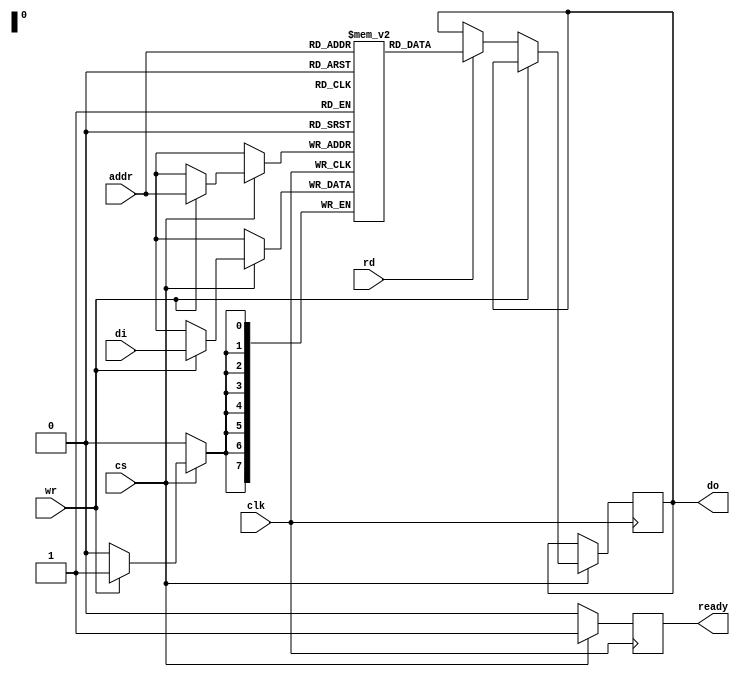
module NVSRAM (
    input wire clk,
    input wire cs,          // Chip Select
    input wire rd,          // Read Enable
    input wire wr,          // Write Enable
    input wire [address_size-1:0] addr, // Address input
    input wire [data_size-1:0] di,       // Data input
    output reg [data_size-1:0] do,       // Data output
    output reg ready       // Ready signal for synchronizing at the end of operation
);

    parameter address_size = 8; // Number of address bits (256 addresses)
    parameter data_size = 8;    // Number of data bits per cell (8 bits)
    
    // Memory array (simulate NVSRAM using an array of registers)
    reg [data_size-1:0] memory [(2**address_size)-1:0];

    // Control Logic
    always @(posedge clk) begin
        if (cs) begin
            ready <= 1; // Device is active
            if (wr) begin
                // Write operation
                memory[addr] <= di; // Store input data at the specified address
                // Optionally: Command to save to non-volatile storage
            end
            else if (rd) begin
                // Read operation
                do <= memory[addr]; // Output data from the specified address
            end
        end else begin
            ready <= 0; // Device is not active
        end
    end

    // Non-volatile storage mechanism (to be expanded)
    // This would typically require integration with non-volatile elements; 
    // For simulation, we won't implement this fully here.

    // Data retention mechanism could be added here as required.
    
endmodule